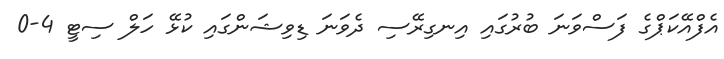
އެފްއޭކަޕްގެ ފަސްވަނަ ބުރުގައި އިނގިރޭސި ދެވަނަ ޑިވިޝަންގައި ކުޅޭ ހަލް ސިޓީ 4-0